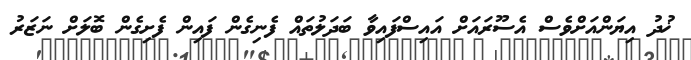
ޚުދު އިޔަންއަށްވެސް އެސޫރައަށް އައިސްފައިވާ ބަދަލުތައް ފެނިގެން ފައިން ފެށިގެން ބޮލަށް ނަޒަރު